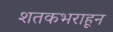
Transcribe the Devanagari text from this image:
शतकभराहून